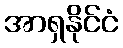
အာရှနိုင်ငံ